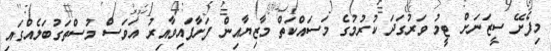
މިފެށޭ ސީޒަނަށް ޓީމު ވަރުގަދަ ކުރުމުގެ މަސައްކަތް މާޒިޔާއިން ފަށާފައިވާއިރު އަވަސް މުސްތަގުބަލެއްގައި